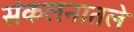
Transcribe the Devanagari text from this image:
संकलनातले